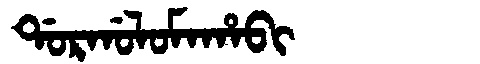
Manchu: ᡩᠣᡵᡤᠣᠯᠣᠮᠠᡥᠠᠪᡳ
Romanization: DORGOLOMAHABI